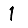
Digit: 1